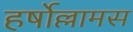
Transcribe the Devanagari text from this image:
हर्षोल्लामस